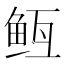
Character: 𬶊